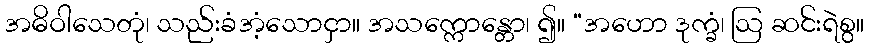
အဓိဝါသေတုံ၊ သည်းခံအံ့သောငှာ။ အသက္ကောန္တော၊ ၍။ “အဟော ဒုက္ခံ၊ ဩ ဆင်းရဲစွ။